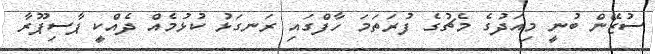
ސުޒޭން ބުނީ މިއަދުގެ މެޗުގެ ފުރަތަމަ ހާފްގައި ރަނގަޅު ކުޅުމެއް ދެއްކީ ޕާސިޕޫރާ